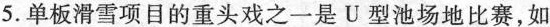
5.单板滑雪项目的重头戏之一是U型池场地比赛，如